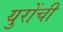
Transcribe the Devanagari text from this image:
युरोंची